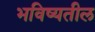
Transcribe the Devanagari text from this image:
भविष्यतील